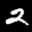
Label: 2